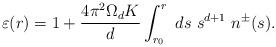
\begin{align*}\varepsilon(r) = 1 + \frac{4\pi^2\Omega_d K}{d} \int_{r_0}^r ~ds ~ s^{d+1} ~n^\pm (s).\end{align*}